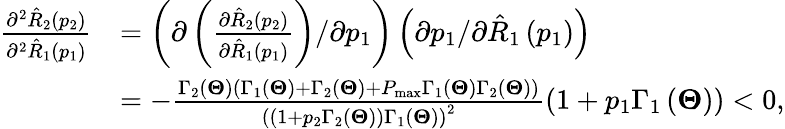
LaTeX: \begin{array}{rl}{\frac{{{\partial^{2}}{{\hat{R}}_{2}}\left({{p_{2}}}\right)}}{{{\partial^{2}}{{\hat{R}}_{1}}\left({{p_{1}}}\right)}}}&{=\left({\partial\left({\frac{{\partial{{\hat{R}}_{2}}\left({{p_{2}}}\right)}}{{\partial{{\hat{R}}_{1}}\left({{p_{1}}}\right)}}}\right)/\partial{p_{1}}}\right)\left({\partial{p_{1}}/\partial{{\hat{R}}_{1}}\left({{p_{1}}}\right)}\right)}\\ &{=-\frac{{{\Gamma_{2}}\left({\mathbf{\Theta}}\right)\left({{\Gamma_{1}}\left({\mathbf{\Theta}}\right)+{\Gamma_{2}}\left({\mathbf{\Theta}}\right)+{P_{\operatorname*{max}}}{\Gamma_{1}}\left({\mathbf{\Theta}}\right){\Gamma_{2}}\left({\mathbf{\Theta}}\right)}\right)}}{{{{\left({\left({1+{p_{2}}{\Gamma_{2}}\left({\mathbf{\Theta}}\right)}\right){\Gamma_{1}}\left({\mathbf{\Theta}}\right)}\right)}^{2}}}}\left({1+{p_{1}}{\Gamma_{1}}\left({\mathbf{\Theta}}\right)}\right)<0,}\end{array}